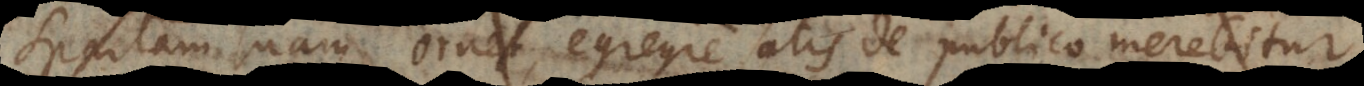
Spartam suam ornet, egregie satis de publico merebitur.